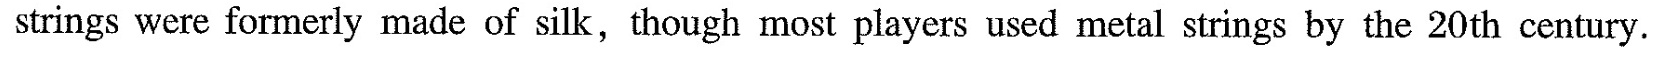
strings were formerly made of silk,though most players uscd mctal strings by the 20th century.